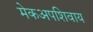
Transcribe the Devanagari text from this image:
मेकअपशिवाय